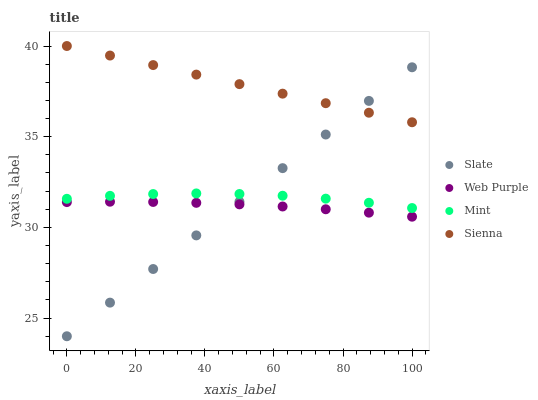
| xaxis_label | Slate | Web Purple | Mint | Sienna |
 | --- | --- | --- | --- | --- |
 | 0 | 24 | 31.4 | 31.6 | 40 |
 | 12.5 | 25.9 | 31.4 | 31.7 | 39.5 |
 | 25 | 27.7 | 31.4 | 31.8 | 38.9 |
 | 37.5 | 29.6 | 31.4 | 31.9 | 38.4 |
 | 50 | 31.4 | 31.3 | 31.8 | 37.9 |
 | 62.5 | 33.3 | 31.2 | 31.7 | 37.4 |
 | 75 | 35.1 | 31 | 31.6 | 36.8 |
 | 87.5 | 37 | 30.8 | 31.4 | 36.3 |
 | 100 | 38.8 | 30.6 | 31.1 | 35.8 |